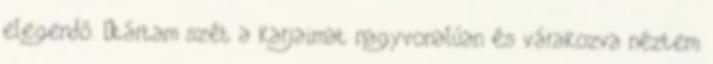
elegendő. –tártam szét a karjaimat nagyvonalúan és várakozva néztem